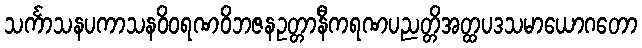
သင်္ကာသနပကာသနဝိဝရဏဝိဘဇနဥတ္တာနီကရဏပညတ္တိအတ္ထပဒသမာယောဂတော